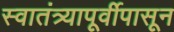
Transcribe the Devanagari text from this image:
स्वातंत्र्यापूर्वीपासून